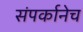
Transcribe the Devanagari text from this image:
संपर्कानेच